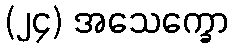
(၂၄) အသေက္ခော